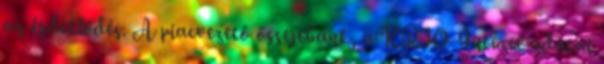
az érdeklődés. A piacvezető őssejtbank, a KRIO Intézet adatai